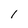
Character: 1